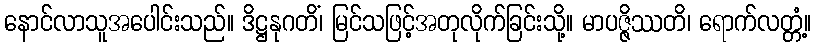
နောင်လာသူအပေါင်းသည်။ ဒိဋ္ဌနုဂတိံ၊ မြင်သဖြင့်အတုလိုက်ခြင်းသို့။ မာပဇ္ဇိဿတိ၊ ရောက်လတ္တံ့။